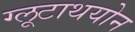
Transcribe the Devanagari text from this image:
ग्लूटाथयोन